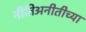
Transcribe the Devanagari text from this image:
नीतिअनीतीच्या